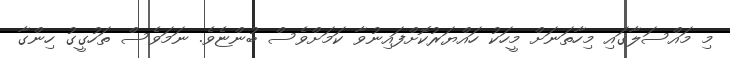
މި މައްސަލާގައި މިހާތަނަށް މީހަކު ހައްޔަރުކޮށްފައިނުވާ ކަމަށްވެސް ބުންޏެވެ. ނަމަވެސް ތަހުގީގު ހިންގާ